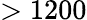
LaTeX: >1200